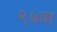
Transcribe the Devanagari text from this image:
९७वा